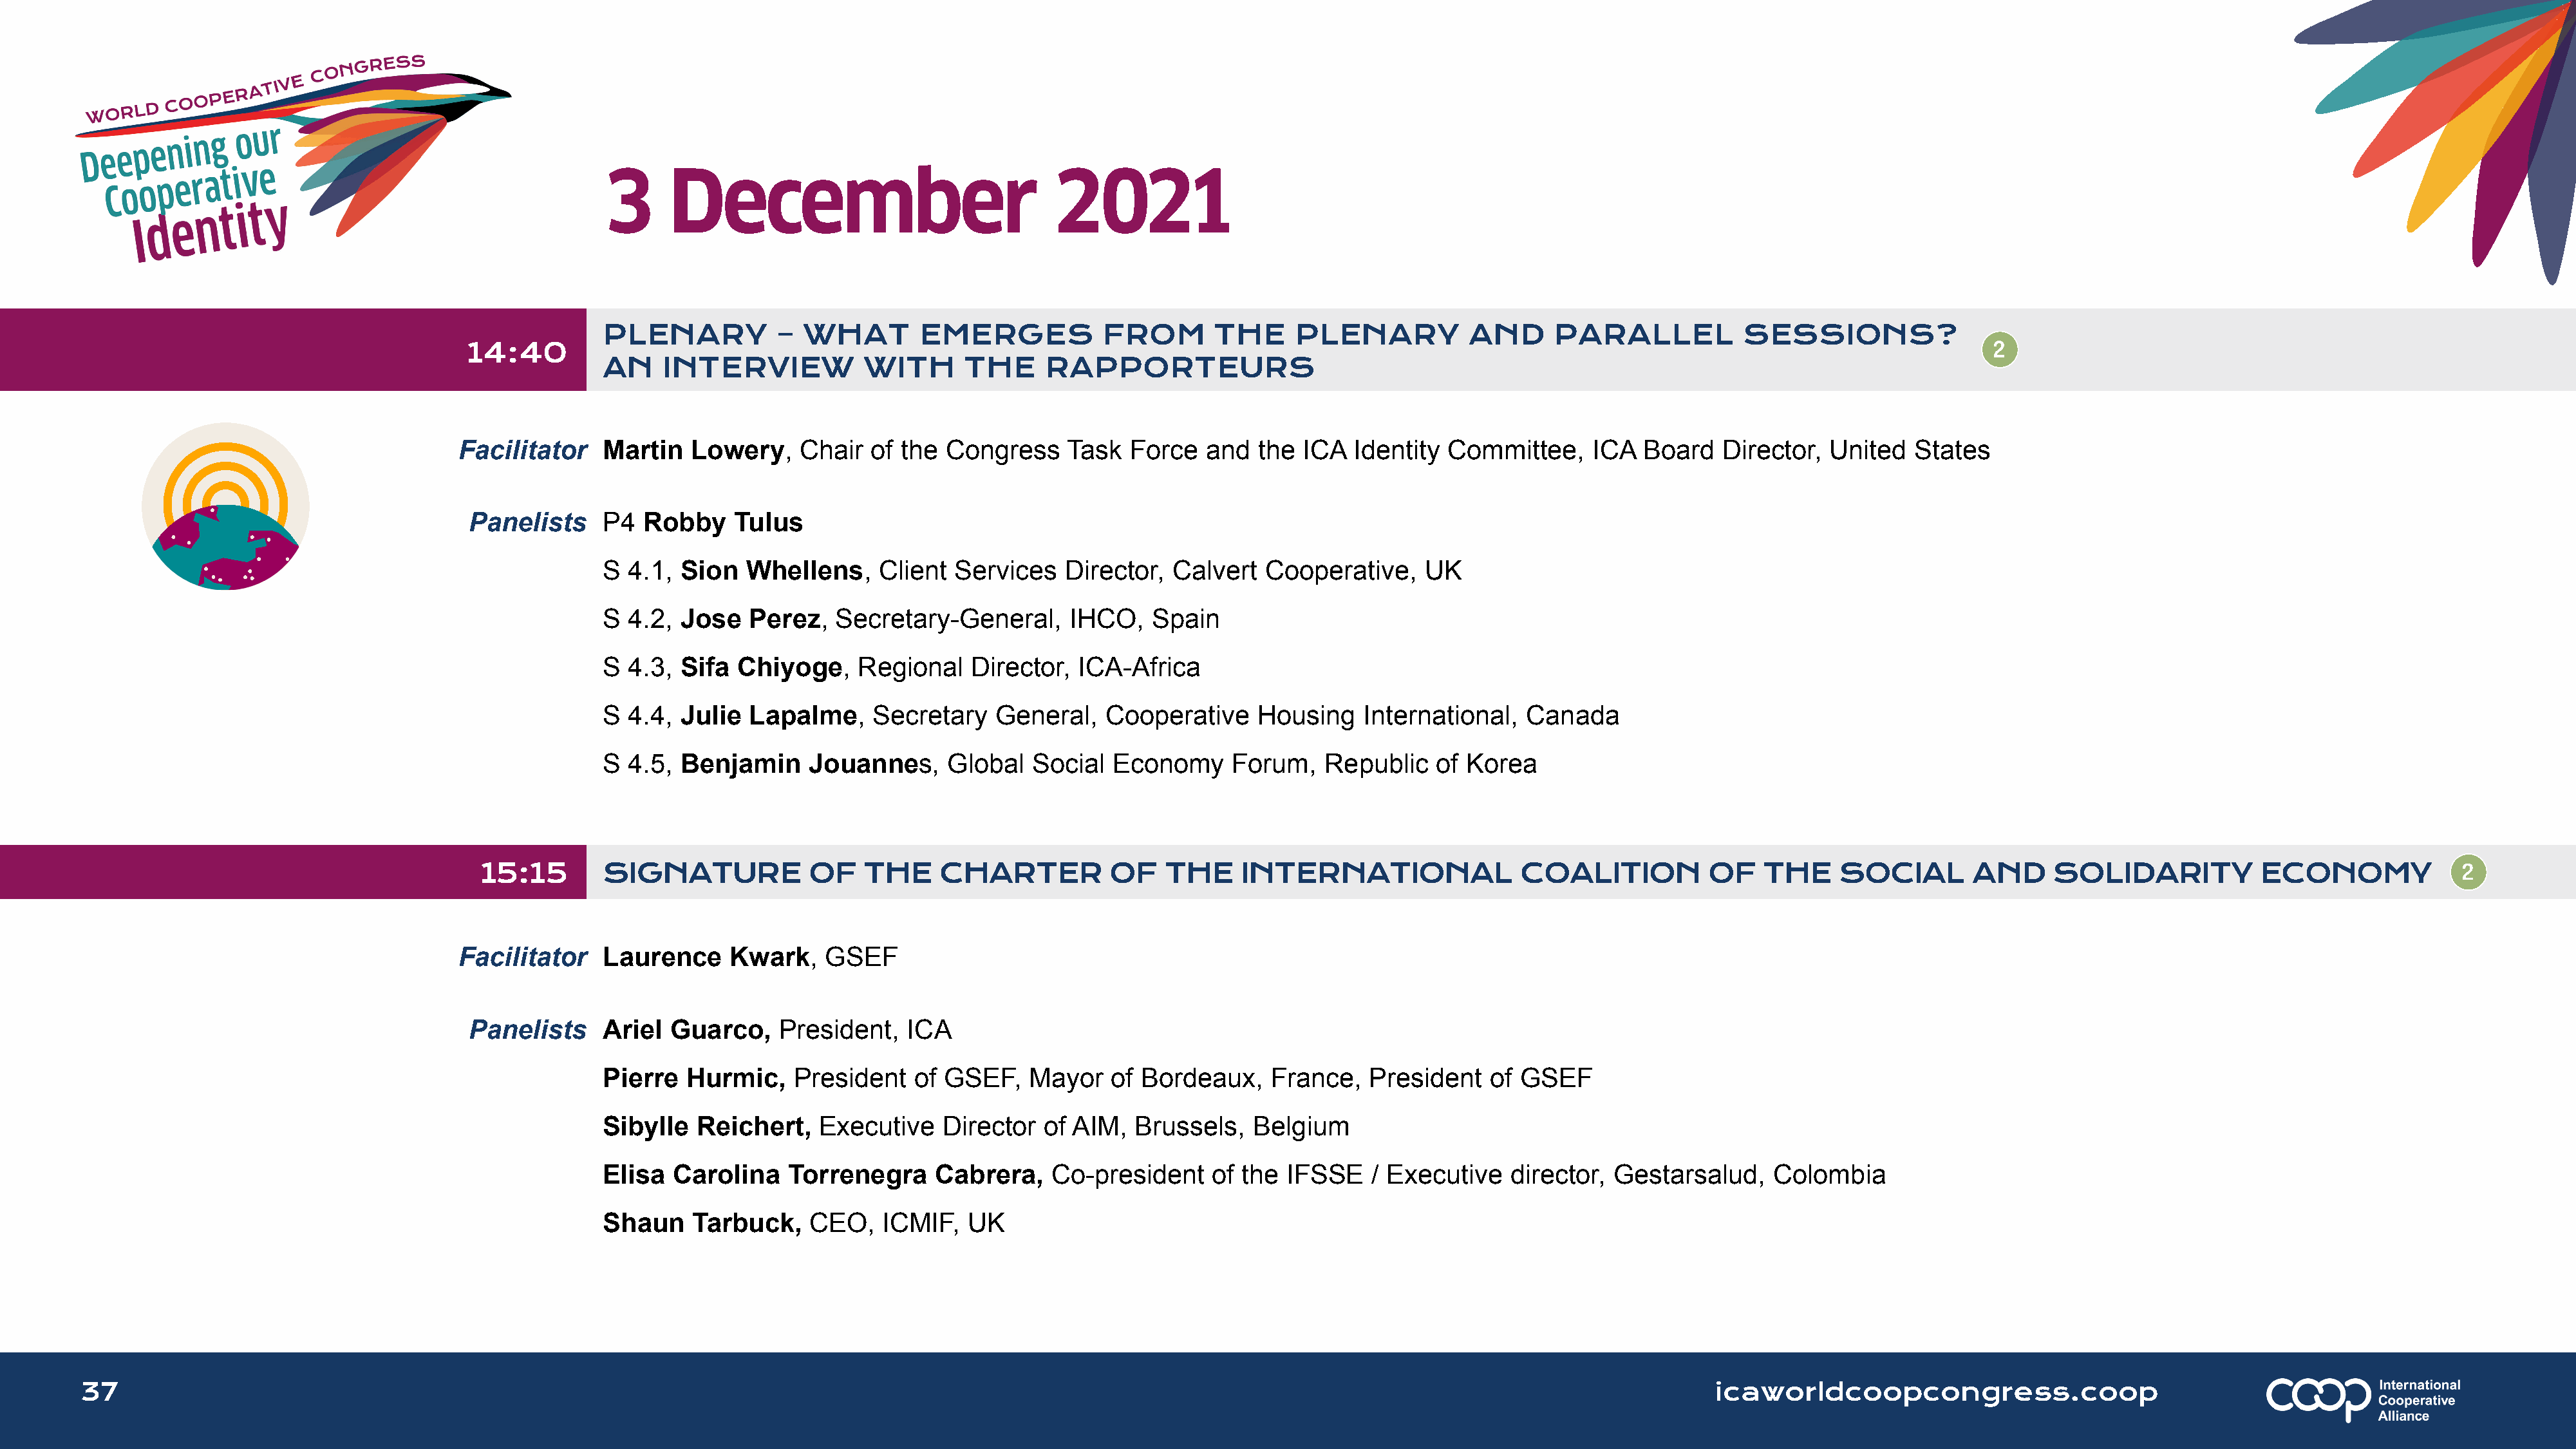
3      December                               2021
 PLENARY           –  WHAT        EMERGES           FROM        THE     PLENARY           AND      PARALLEL           SESSIONS?
 14:40
 AN    INTERVIEW            WITH      THE     RAPPORTEURS
 Facilitator    Martin   Lowery,    Chair   of the Congress     Task  Force   and  the  ICA  Identity  Committee,     ICA  Board   Director,  United   States
 Panelists     P4  Robby    Tulus
 S  4.1, Sion   Whellens,    Client  Services   Director,   Calvert  Cooperative,    UK
 S  4.2, Jose   Perez,   Secretary-General,      IHCO,   Spain
 S  4.3, Sifa  Chiyoge,    Regional    Director,  ICA-Africa
 S  4.4, Julie  Lapalme,     Secretary   General,    Cooperative    Housing    International,   Canada
 S  4.5, Benjamin     Jouannes,     Global   Social  Economy      Forum,   Republic    of Korea
 15:15        SIGNATURE            OF    THE     CHARTER          OF    THE     INTERNATIONAL               COALITION           OF   THE     SOCIAL        AND     SOLIDARITY           ECONOMY
 Facilitator    Laurence     Kwark,    GSEF
 Panelists     Ariel  Guarco,    President,   ICA
 Pierre   Hurmic,    President   of GSEF,    Mayor   of Bordeaux,     France,   President   of GSEF
 Sibylle   Reichert,   Executive    Director  of AIM,   Brussels,   Belgium
 Elisa  Carolina    Torrenegra     Cabrera,    Co-president     of the IFSSE    / Executive   director,  Gestarsalud,    Colombia
 Shaun    Tarbuck,    CEO,    ICMIF,  UK
 37                                                                                                                                                                      icaworldcoopcongress.coop